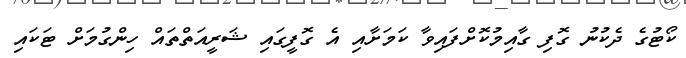
ކޯޓުގެ ދެކުނު ގޮފި ގާއިމުކޮށްފައިވާ ކަމަށާއި އެ ގޮފީގައި ޝަރީއަތްތައް ހިންގުމަށް ޓަކައި